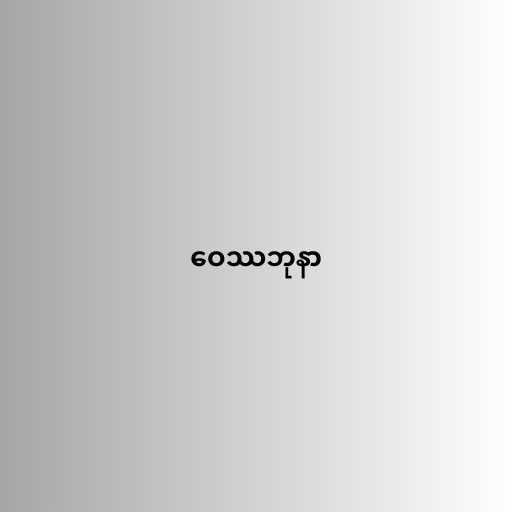
ဝေဿဘုနာ